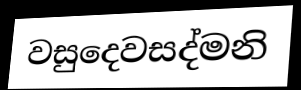
වසුදෙවසද්මනි